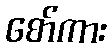
စော်ကား